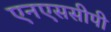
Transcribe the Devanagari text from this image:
एनएससीपी